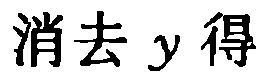
消去 \(y\) 得